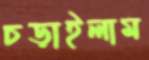
চড়াইলাম